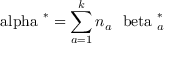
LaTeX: { \mathrm { \boldmath ~ \ a l p h a ~ } } ^ { * } = \sum _ { a = 1 } ^ { k } n _ { a } { { \mathrm { \boldmath ~ \ b e t a ~ } } _ { a } ^ { * } }